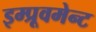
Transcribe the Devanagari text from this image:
इम्प्रूवमेन्ट